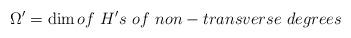
LaTeX: \begin{align*}\Omega^\prime=\dim of~H's~ of~ non-transverse~ degrees\end{align*}